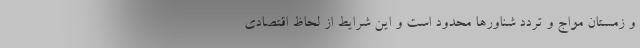
و زمستان مواج و تردد شناورها محدود است و این شرایط از لحاظ اقتصادی